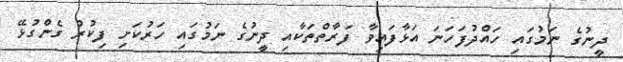
ދީނުގެ ނަމުގައި ހައްދުފަހަނަ އަޅާފައިވާ ފަރާތްތަކާއި ދީނުގެ ނަމުގައި ހަރުކަށި ފިކުރު ގެންގުޅޭ